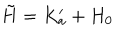
LaTeX: \tilde { H } = K _ { a } ^ { \prime } + H _ { 0 }